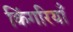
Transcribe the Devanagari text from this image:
किंगरियाँ